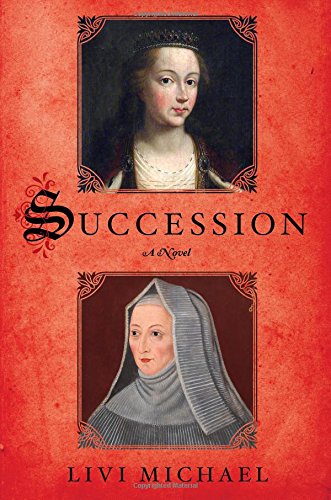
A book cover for Succession: A Novel; Livi Michael; Literature & Fiction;